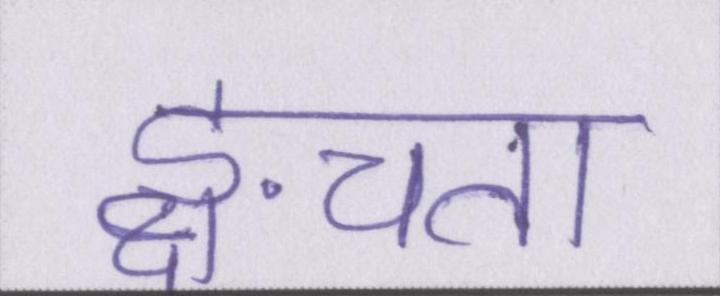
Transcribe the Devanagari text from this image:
ङ्क्षचता